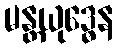
မန္တယုဒ္ဓေန